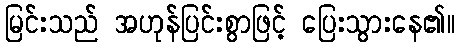
မြင်းသည် အဟုန်ပြင်းစွာဖြင့် ပြေးသွားနေ၏။